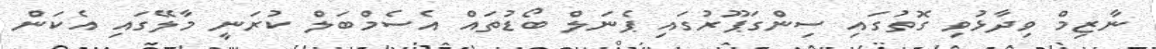
ނާޒިމް ވިދާޅުވި ގޮތުގައި ސިންގަޕޫރުގައި ޕެނަލް ބޯޑުތައް އެސެމްބަލް ކުރަނީ މާލޭގައި އެކަން